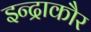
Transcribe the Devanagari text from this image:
इन्द्राकौर